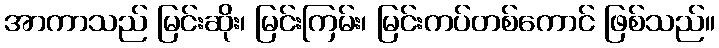
အာကာသည် မြင်းဆိုး၊ မြင်းကြမ်း၊ မြင်းကပ်တစ်ကောင် ဖြစ်သည်။